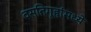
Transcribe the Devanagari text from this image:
वसतिगृहांमध्ये